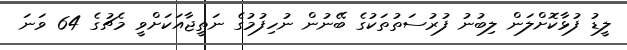
ލީޑު ފުޅާކޮށްލަން ލިބުނު ފުރުސަތުތަކުގެ ބޭނުން ނުހިފުމުގެ ނަތީޖާއަކަށްވީ މެޗުގެ 64 ވަނަ